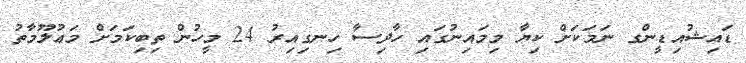
ޑައިޝުއިޑީންގ ނަމަކަށް ކިޔާ މިމައިނުގައި ހާދިސާ ހިނގިއިރު 24 މީހުން ތިބިކަމަށް މަޢުލޫމާތު